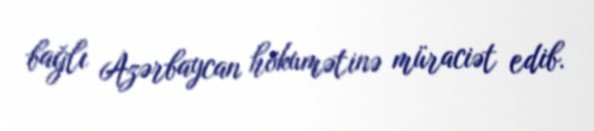
bağlı Azərbaycan hökumətinə müraciət edib.